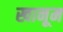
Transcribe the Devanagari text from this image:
खानूम